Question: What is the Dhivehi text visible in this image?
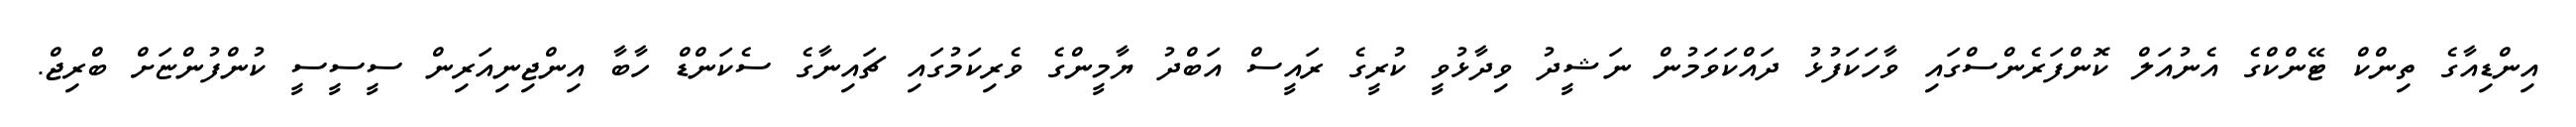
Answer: އިންޑިއާގެ ތިންކް ޓޭންކްގެ އެނުއަލް ކޮންފަރެންސްގައި ވާހަކަފުޅު ދައްކަވަމުން ނަޝީދު ވިދާޅުވީ ކުރީގެ ރައީސް އަބްދު ޔާމީންގެ ވެރިކަމުގައި ޗައިނާގެ ސެކަންޑް ހާބާ އިންޖިނިއަރިން ސީސީސީ ކުންފުންޏަށް ބްރިޖް.